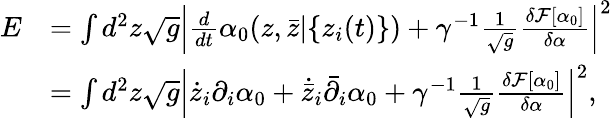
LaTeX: \begin{array}{rl}{E}&{=\int d^{2}z\sqrt{g}\left|\frac{d}{dt}\alpha_{0}(z,{\bar{z}}|\{ z_{i}(t)\} )+\gamma^{-1}\frac{1}{\sqrt{g}}\frac{\delta\mathcal F[\alpha_{0}]}{\delta\alpha}\right|^{2}}\\ &{=\int d^{2}z\sqrt{g}\left|\dot{z}_{i}\partial_{i}\alpha_{0}+\dot{\bar{z}}_{i}\bar{\partial}_{i}\alpha_{0}+\gamma^{-1}\frac{1}{\sqrt{g}}\frac{\delta\mathcal F[\alpha_{0}]}{\delta\alpha}\right|^{2},}\end{array}